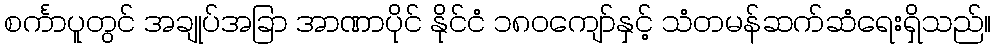
စင်္ကာပူတွင် အချုပ်အခြာ အာဏာပိုင် နိုင်ငံ ၁၈၀ကျော်နှင့် သံတမန်ဆက်ဆံရေးရှိသည်။